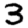
Digit: 3